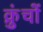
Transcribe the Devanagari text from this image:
क्रुंचों